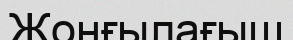
Жонғылағыш